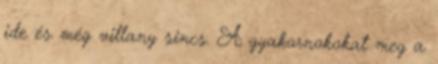
ide és még villany sincs. A gyakornokokat meg a